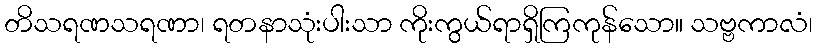
တိသရဏသရဏာ၊ ရတနာသုံးပါးသာ ကိုးကွယ်ရာရှိကြကုန်သော။ သဗ္ဗကာလံ၊